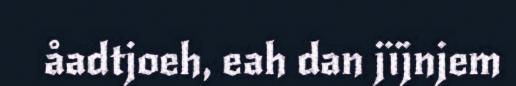
åadtjoeh, eah dan jïjnjem